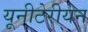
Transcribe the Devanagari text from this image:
यूनीटेरीयन